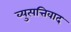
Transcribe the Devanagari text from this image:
व्युत्पत्तिवाद